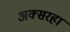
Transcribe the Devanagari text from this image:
अक्सरहां